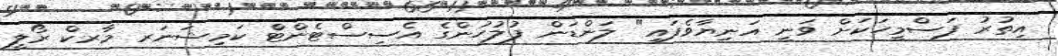
އިތުރު ފަސްމީހަކަށް ވަނީ އަނިޔާވެފައި" ލަންޑަން ފުލުހުންގެ އެސިސްޓެންޓް ކަމިޝަނަރ މާރކް ރޯލީ